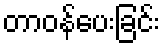
တာဝန်ပေးခြင်း